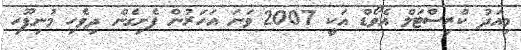
މިއަދު ކްރިސްޓަލް އެވޯޑް އަކީ 2007 ވަނަ އަހަރުން ފެށިގެން ދިވެހި މުނިފޫހި